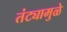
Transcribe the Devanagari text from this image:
तंट्यामुळे